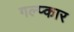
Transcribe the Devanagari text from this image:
गल्प्कार